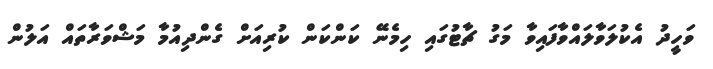
ވަހީދު އެކުލަވާލައްވާފައިވާ މަގު ޗާޓުގައި ހިމެނޭ ކަންކަން ކުރިއަށް ގެންދިއުމާ މަޝްވަރާތައް އަލުން